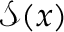
\mathcal { S } ( x )